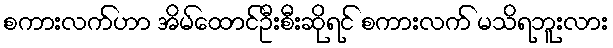
စကားလက်ဟာ အိမ်ထောင်ဦးစီးဆိုရင် စကားလက် မသိရဘူးလား